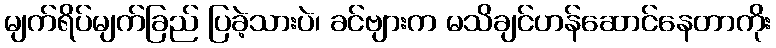
မျက်ရိပ်မျက်ခြည် ပြခဲ့သားပဲ၊ ခင်ဗျားက မသိချင်ဟန်ဆောင်နေတာကိုး